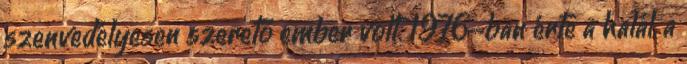
szenvedélyesen szerető ember volt. 1976-ban érte a halál, a